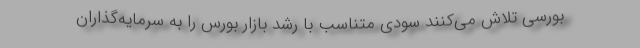
بورسی تلاش می‌کنند سودی متناسب با رشد بازار بورس را به سرمایه‌گذاران